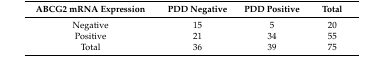
<table><thead><tr><td><b>ABCG2 mRNA Expression</b></td><td><b>PDD Negative</b></td><td><b>PDD Positive</b></td><td><b>Total</b></td></tr></thead><tbody><tr><td>Negative</td><td>15</td><td>5</td><td>20</td></tr><tr><td>Positive</td><td>21</td><td>34</td><td>55</td></tr><tr><td>Total</td><td>36</td><td>39</td><td>75</td></tr></tbody></table>